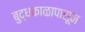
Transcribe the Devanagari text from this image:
बुद्धकाळापासून